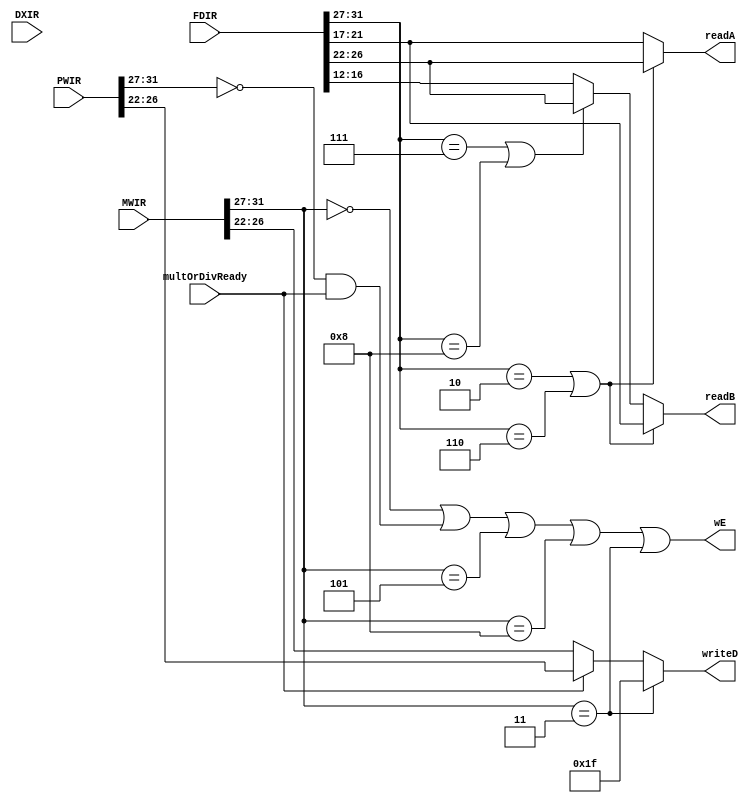
module regFileAndSXControl(FDIR, DXIR, MWIR, PWIR, multOrDivReady, readA, readB, writeD, wE);

input [31:0] FDIR, DXIR, MWIR, PWIR; 
input multOrDivReady; 
output [4:0] readA, readB, writeD; 
output wE; 

wire [4:0] MWOP, FDOP, PWOP, FDRD, FDRS, FDRT, readBAluOrLoadStore, aluOpWriteD;
assign MWOP = MWIR[31:27];
assign FDOP = FDIR[31:27];
assign PWOP = PWIR[31:27];

assign FDRD = FDIR[26:22];
assign FDRS = FDIR[21:17];
assign FDRT = FDIR[16:12];

wire isBranch, isLoadOrStore, isAluOP; 

assign isBranch = (FDOP == 2) || (FDOP == 6); 
assign isLoadOrStore = (FDOP == 7) || (FDOP ==8); 
assign isAluOP = (FDOP == 0); 



assign readA = isBranch ? FDRD : FDRS;
assign readBAluOrLoadStore = isLoadOrStore ? FDRD : FDRT;
assign readB = isBranch ? FDRS : readBAluOrLoadStore; 

assign wE = (MWOP == 0)  || ((PWOP == 0) && multOrDivReady) || (MWOP == 5) || (MWOP == 8) || (MWOP ==3); 
assign aluOpWriteD = multOrDivReady ? PWIR[26:22] : MWIR[26:22];
assign writeD = (MWOP ==3) ? 31 : aluOpWriteD; 
endmodule